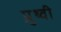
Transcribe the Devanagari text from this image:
प्रुथ्वी